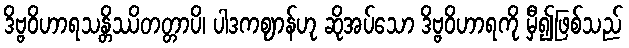
ဒိဗ္ဗဝိဟာရသန္တိဿိတတ္တာပိ၊ ပါဒကဈာန်ဟု ဆိုအပ်သော ဒိဗ္ဗဝိဟာရကို မှီ၍ဖြစ်သည်